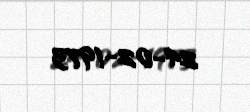
24-02-1973